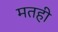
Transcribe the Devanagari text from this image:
मतही